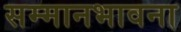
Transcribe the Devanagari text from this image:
सम्मानभावना